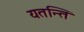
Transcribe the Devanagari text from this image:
यतन्ति